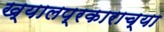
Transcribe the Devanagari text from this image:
ख्यालप्रकाराच्या